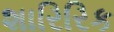
શારિરિક